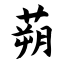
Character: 蒴